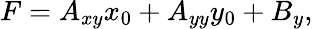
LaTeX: F=A_{xy}x_{0}+A_{yy}y_{0}+B_{y},